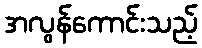
အလွန်ကောင်းသည့်